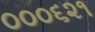
૦૦૦૬૨૧